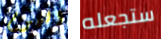
اليوم ستجعله